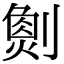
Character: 𠟮